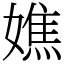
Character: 嫶